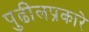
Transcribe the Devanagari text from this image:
पुढीलप्रकारे